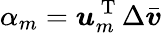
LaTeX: \alpha_{m}=\boldsymbol{u}_{m}^{\mathrm{~T~}}\Delta\bar{\boldsymbol{v}}